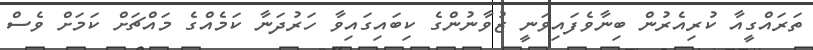
ތަރައްގީއާ ކުރިއެރުން ބިނާވެފައިވަނީ ޒުވާނުންގެ ކިބައިގައިވާ ހަރުދަނާ ކަމެއްގެ މައްޗަށް ކަމަށް ވެސް